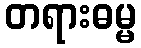
တရားဓမ္မ